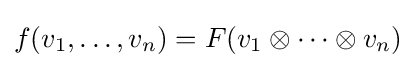
f(v_{1},\ldots ,v_{n})=F(v_{1}\otimes \cdots \otimes v_{n})